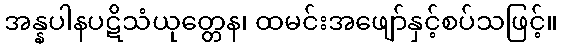
အန္နပါနပဋိသံယုတ္တေန၊ ထမင်းအဖျော်နှင့်စပ်သဖြင့်။